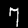
Label: 7